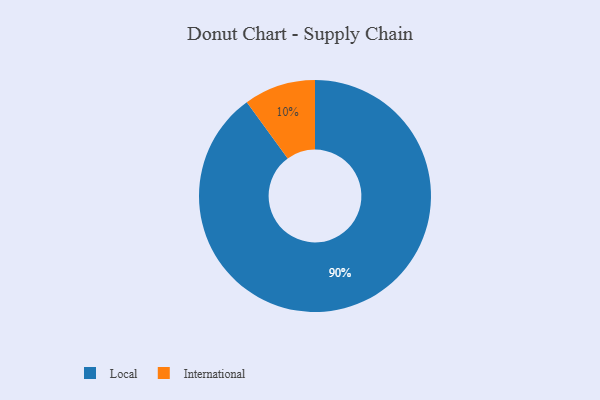
{"axis": {"x": "Category", "y": "Percentage"}, "legend": ["International", "Local"], "data": [{"x": "International", "y": 10, "type": "International"}, {"x": "Local", "y": 90, "type": "Local"}]}